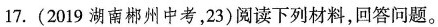
17.(2019湖南郴州中考，23)阅读下列材料，回答问题。